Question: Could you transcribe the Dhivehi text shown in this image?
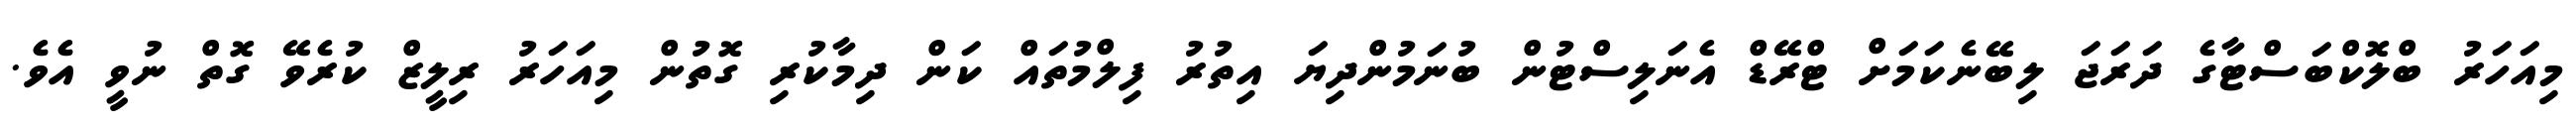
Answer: މިއަހަރު ބްލޮކްބަސްޓާގެ ދަރަޖަ ލިބޭނެކަމަށް ޓްރޭޑް އެނަލިސްޓުން ބުނަމުންދިޔަ އިތުރު ފިލްމުތައް ކަން ދިމާކުރި ގޮތުން މިއަހަރު ރިލީޒް ކުރެވޭ ގޮތް ނުވީ އެވެ.